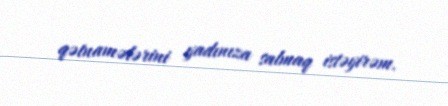
qətnamələrini yadınıza salmaq istəyirəm.